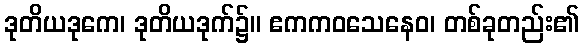
ဒုတိယဒုကေ၊ ဒုတိယဒုက်၌။ ဧကကဝသေနေဝ၊ တစ်ခုတည်း၏